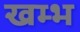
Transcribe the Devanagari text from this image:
खम्‍भ